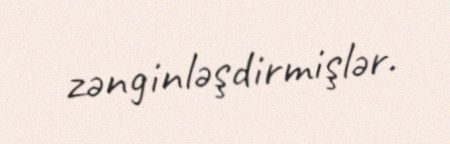
zənginləşdirmişlər.